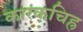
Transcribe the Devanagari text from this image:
कारकचिह्र